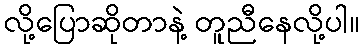
လို့ပြောဆိုတာနဲ့ တူညီနေလို့ပါ။